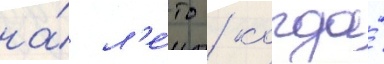
на́ л'е́то / когда́